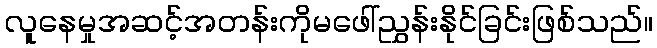
လူနေမှုအဆင့်အတန်းကိုမဖေါ်ညွှန်းနိုင်ခြင်းဖြစ်သည်။